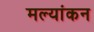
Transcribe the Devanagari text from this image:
मल्यांकन